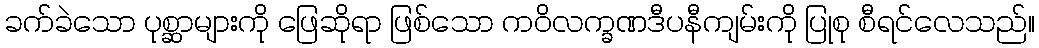
ခက်ခဲသော ပုစ္ဆာများကို ဖြေဆိုရာ ဖြစ်သော ကဝိလက္ခဏဒီပနီကျမ်းကို ပြုစု စီရင်လေသည်။